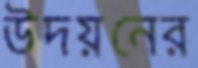
উদয়নের